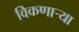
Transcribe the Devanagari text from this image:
विकणार्‍या